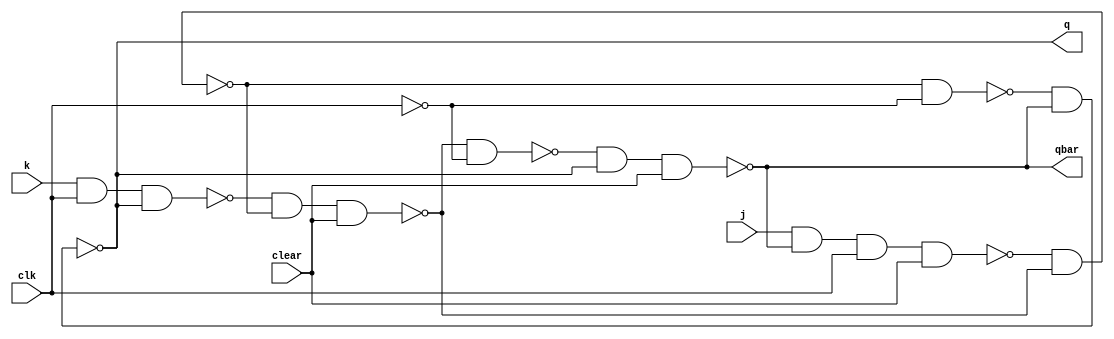
module ms_jk_ff(q, qbar, j, k, clear, clk);

    input j, k, clear, clk;
    output q, qbar;
    
    wire n1_out, n2_out, n3_out, n4_out, n5_out, n6_out, cbar;
    
    nand nand1(n1_out, j, qbar, clk, clear);
    nand nand2(n2_out, k, clk, q);
    
    nand nand3(n3_out, n1_out, n4_out);
    nand nand4(n4_out, n2_out, n3_out, clear);
    
    not n1(cbar, clk);
    
    nand nand5(n5_out, n3_out, cbar);
    nand nand6(n6_out, n4_out, cbar);
    
    nand nand7(q, n5_out, qbar);
    nand nand8(qbar, n6_out, q, clear);
    
endmodule